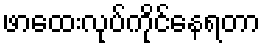
ဖာထေးလုပ်ကိုင်နေရတာ